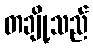
တချို့သည်